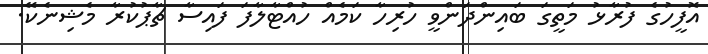
އޮފީހުގެ ފުރާޅު މަތީގަ ބައިންދަންވީ ހުރިހާ ކަމެއް ހުއްޓާލާފަ ފައިސާ ޗާޕުކުރާ މެޝިނެކޭ.